Annual report of the Imperial Bacteriological Laboratory, Muktesar
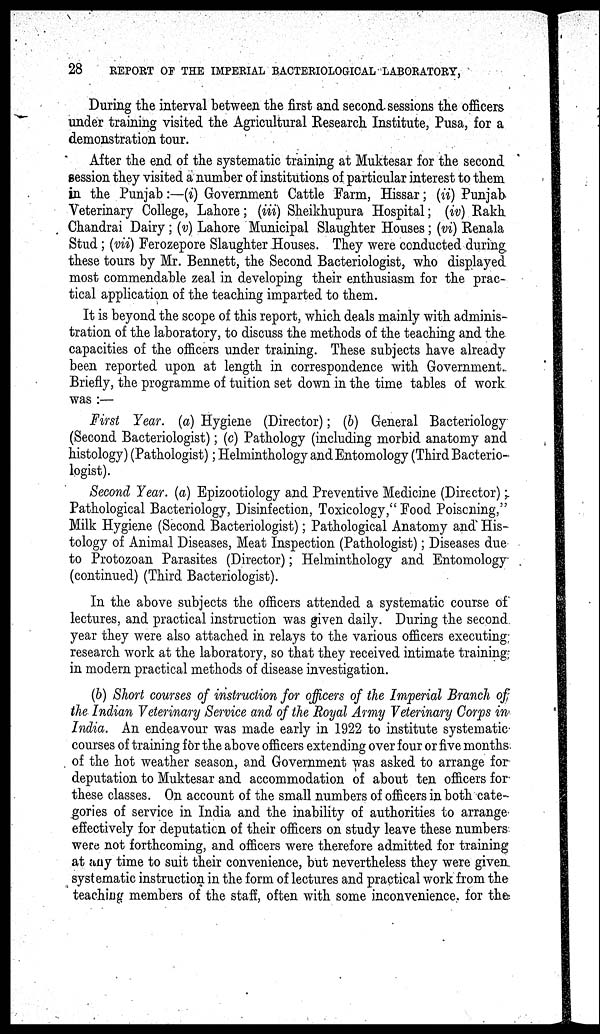
28
REPORT OF THE IMPERIAL BACTERIOLOGICAL LABORATORY,
During the interval between the first and second sessions the officers
under training visited the Agricultural Research Institute, Pusa, for a
demonstration tour.
After the end of the systematic training at Muktesar for the second
session they visited a number of institutions of particular interest to them
in the Punjab:—(i) Government Cattle Farm, Hissar; (ii) Punjab
Veterinary College, Lahore; (iii) Sheikhupura Hospital; (iv) Rakh
Chandrai Dairy; (v) Lahore Municipal Slaughter Houses; (vi) Renala
Stud; (vii) Ferozepore Slaughter Houses. They were conducted during
these tours by Mr. Bennett, the Second Bacteriologist, who displayed
most commendable zeal in developing their enthusiasm for the prac-
tical application of the teaching imparted to them.
It is beyond the scope of this report, which deals mainly with adminis-
tration of the laboratory, to discuss the methods of the teaching and the
capacities of the officers under training. These subjects have already
been reported upon at length in correspondence with Government.
Briefly, the programme of tuition set down in the time tables of work
was :—
First Year. (a) Hygiene (Director); (b) General Bacteriology
(Second Bacteriologist); (c) Pathology (including morbid anatomy and
histology) (Pathologist); Helminthology and Entomology (Third Bacterio-
logist).
Second Year. (a) Epizootiology and Preventive Medicine (Director);
Pathological Bacteriology, Disinfection, Toxicology," Food Poisoning,"
Milk Hygiene (Second Bacteriologist); Pathological Anatomy and His-
tology of Animal Diseases, Meat Inspection (Pathologist); Diseases due
to Protozoan Parasites (Director); Helminthology and Entomology
(continued) (Third Bacteriologist).
In the above subjects the officers attended a systematic course of
lectures, and practical instruction was given daily. During the second
year they were also attached in relays to the various officers executing
research work at the laboratory, so that they received intimate training
in modern practical methods of disease investigation.
(b) Short courses of instruction for officers of the Imperial Branch of
the Indian Veterinary Service and of the Royal Army Veterinary Corps in
India. An endeavour was made early in 1922 to institute systematic
courses of training for the above officers extending over four or five months
of the hot weather season, and Government was asked to arrange for
deputation to Muktesar and accommodation of about ten officers for
these classes. On account of the small numbers of officers in both cate-
gories of service in India and the inability of authorities to arrange
effectively for deputation of their officers on study leave these numbers
were not forthcoming, and officers were therefore admitted for training
at any time to suit their convenience, but nevertheless they were given
systematic instruction in the form of lectures and practical work from the
teaching members of the staff, often with some inconvenience., for the